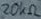
Text: 20KΩ